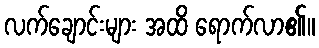
လက်ချောင်းများ အထိ ရောက်လာ၏။